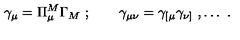
\gamma _ { \mu } = \Pi _ { \mu } ^ { M } \Gamma _ { M } \ ; \qquad \gamma _ { \mu \nu } = \gamma _ { [ \mu } \gamma _ { \nu ] } \ , \ldots \ .